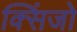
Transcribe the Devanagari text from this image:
क्सिंजो